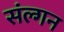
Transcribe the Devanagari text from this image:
संल्गन